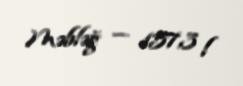
Məbləğ — 157,3 l